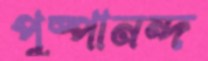
পুষ্পানন্দ